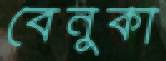
বেনুকা